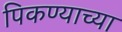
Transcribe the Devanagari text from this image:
पिकण्याच्या